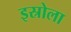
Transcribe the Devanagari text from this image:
इस्रोला